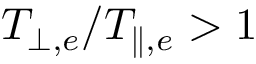
T _ { \perp , e } / T _ { \parallel , e } > 1